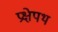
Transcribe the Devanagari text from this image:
प्रक्षेपथ